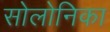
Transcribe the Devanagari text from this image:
सोलोनिका